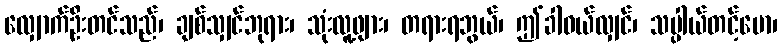
လျှောက်ဦးတင်သည်၊ ချစ်သျှင်ဘုရား၊ သုံးလူ့ဖျား၊ တရားရဘွယ်၊ ဤခါဝယ်လျှင်၊ သပ္ပါယ်တင့်မော၊